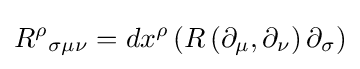
R^{\rho }{}_{\sigma \mu \nu }=dx^{\rho }\left(R\left(\partial _{\mu },\partial _{\nu }\right)\partial _{\sigma }\right)